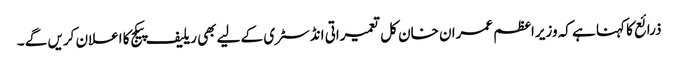
ذرائع کا کہنا ہے کہ وزیراعظم عمران خان کل تعمیراتی انڈسٹری کے لیے بھی ریلیف پیکج کا اعلان کریں گے ۔